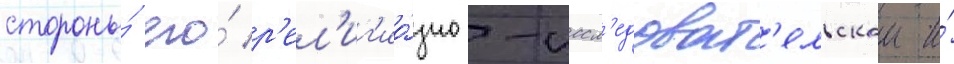
стороны́ его́ р'ел'иг'ио́зно-иссл'едоват'ельскои и́